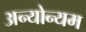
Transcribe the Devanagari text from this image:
अन्योन्यम